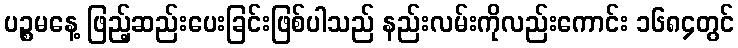
ပဉ္စမနေ့ ဖြည့်ဆည်းပေးခြင်းဖြစ်ပါသည် နည်းလမ်းကိုလည်းကောင်း ၁၆၈၄တွင်